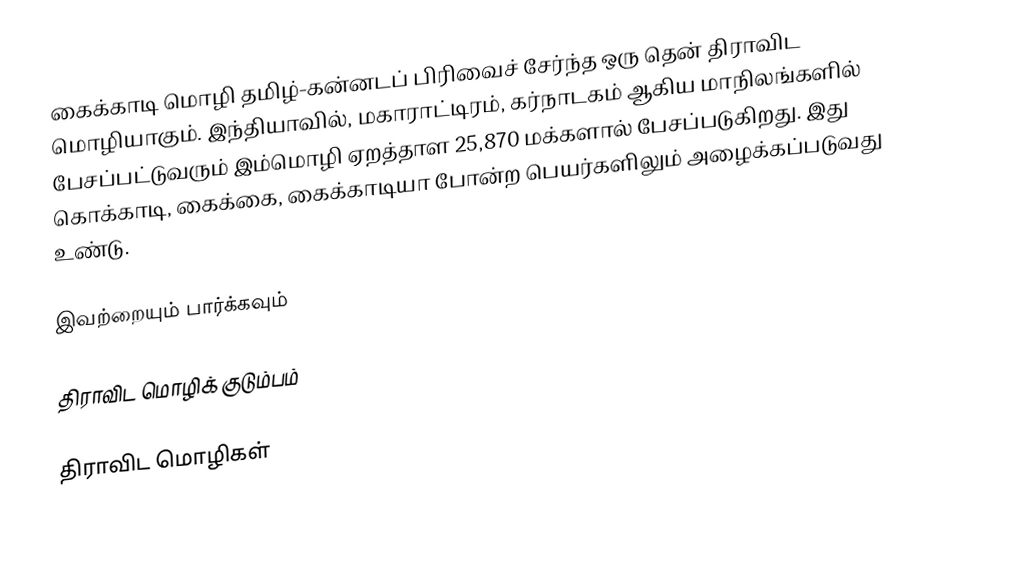
கைக்காடி மொழி தமிழ்-கன்னடப் பிரிவைச் சேர்ந்த ஒரு தென் திராவிட மொழியாகும். இந்தியாவில், மகாராட்டிரம், கர்நாடகம் ஆகிய மாநிலங்களில் பேசப்பட்டுவரும் இம்மொழி ஏறத்தாள 25,870 மக்களால் பேசப்படுகிறது.  இது கொக்காடி, கைக்கை, கைக்காடியா போன்ற பெயர்களிலும் அழைக்கப்படுவது உண்டு.

இவற்றையும் பார்க்கவும்

 திராவிட மொழிக் குடும்பம்

திராவிட மொழிகள்